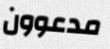
مدعوون